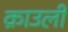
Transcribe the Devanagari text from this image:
क्राउली